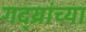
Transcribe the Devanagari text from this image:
गद्य्रांच्या